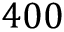
4 0 0